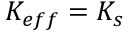
K _ { e f f } = K _ { s }